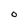
Character: 0